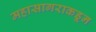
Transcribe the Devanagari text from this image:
महासागराकडून